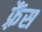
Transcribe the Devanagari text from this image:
फ़्रैंस